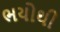
ભયોથી